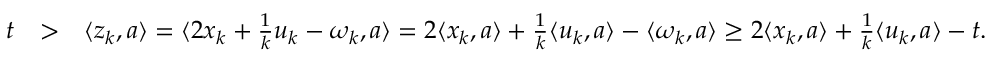
\begin{array} { r l r } { t } & { > } & { \langle z _ { k } , a \rangle = \langle 2 x _ { k } + \frac { 1 } { k } u _ { k } - \omega _ { k } , a \rangle = 2 \langle x _ { k } , a \rangle + \frac { 1 } { k } \langle u _ { k } , a \rangle - \langle \omega _ { k } , a \rangle \geq 2 \langle x _ { k } , a \rangle + \frac { 1 } { k } \langle u _ { k } , a \rangle - t . } \end{array}